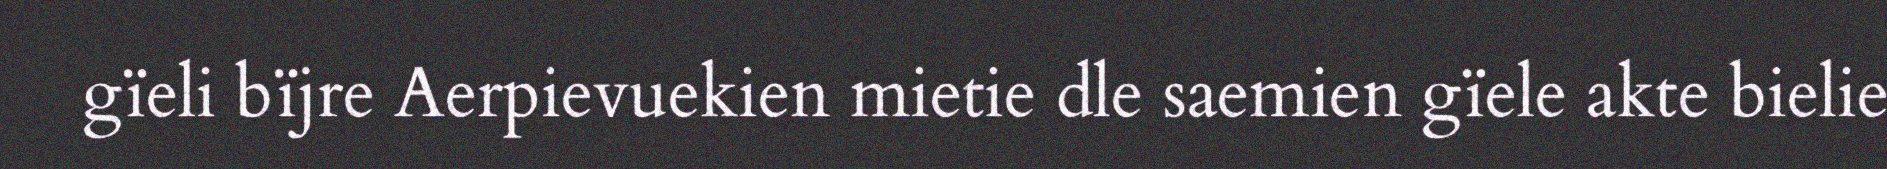
gïeli bïjre Aerpievuekien mietie dle saemien gïele akte bielie